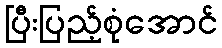
ပြီးပြည့်စုံအောင်